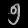
Digit: ၅